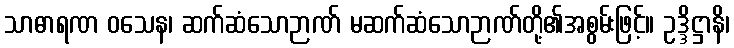
သာဓာရဏ ဝသေန၊ ဆက်ဆံသောဉာဏ် မဆက်ဆံသောဉာဏ်တို့၏အစွမ်းဖြင့်။ ဥဒ္ဒိဋ္ဌာနိ၊